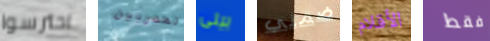
احترسوا المدربين بيلى ضمني الأقلام فقط